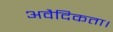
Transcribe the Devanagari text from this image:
अवैदिकता।